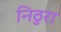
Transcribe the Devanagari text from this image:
निठुरा